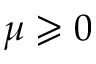
\mu \geqslant 0